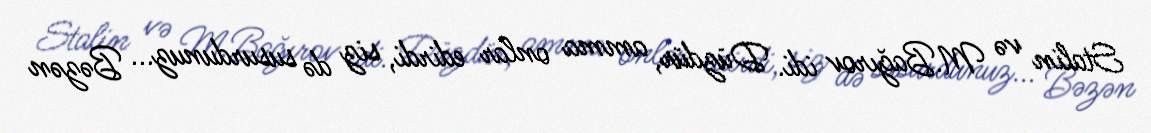
Stalin və M.Bağırov idi. Düzdür, amma onlar edirdi, siz də susurdunuz... Bəzən